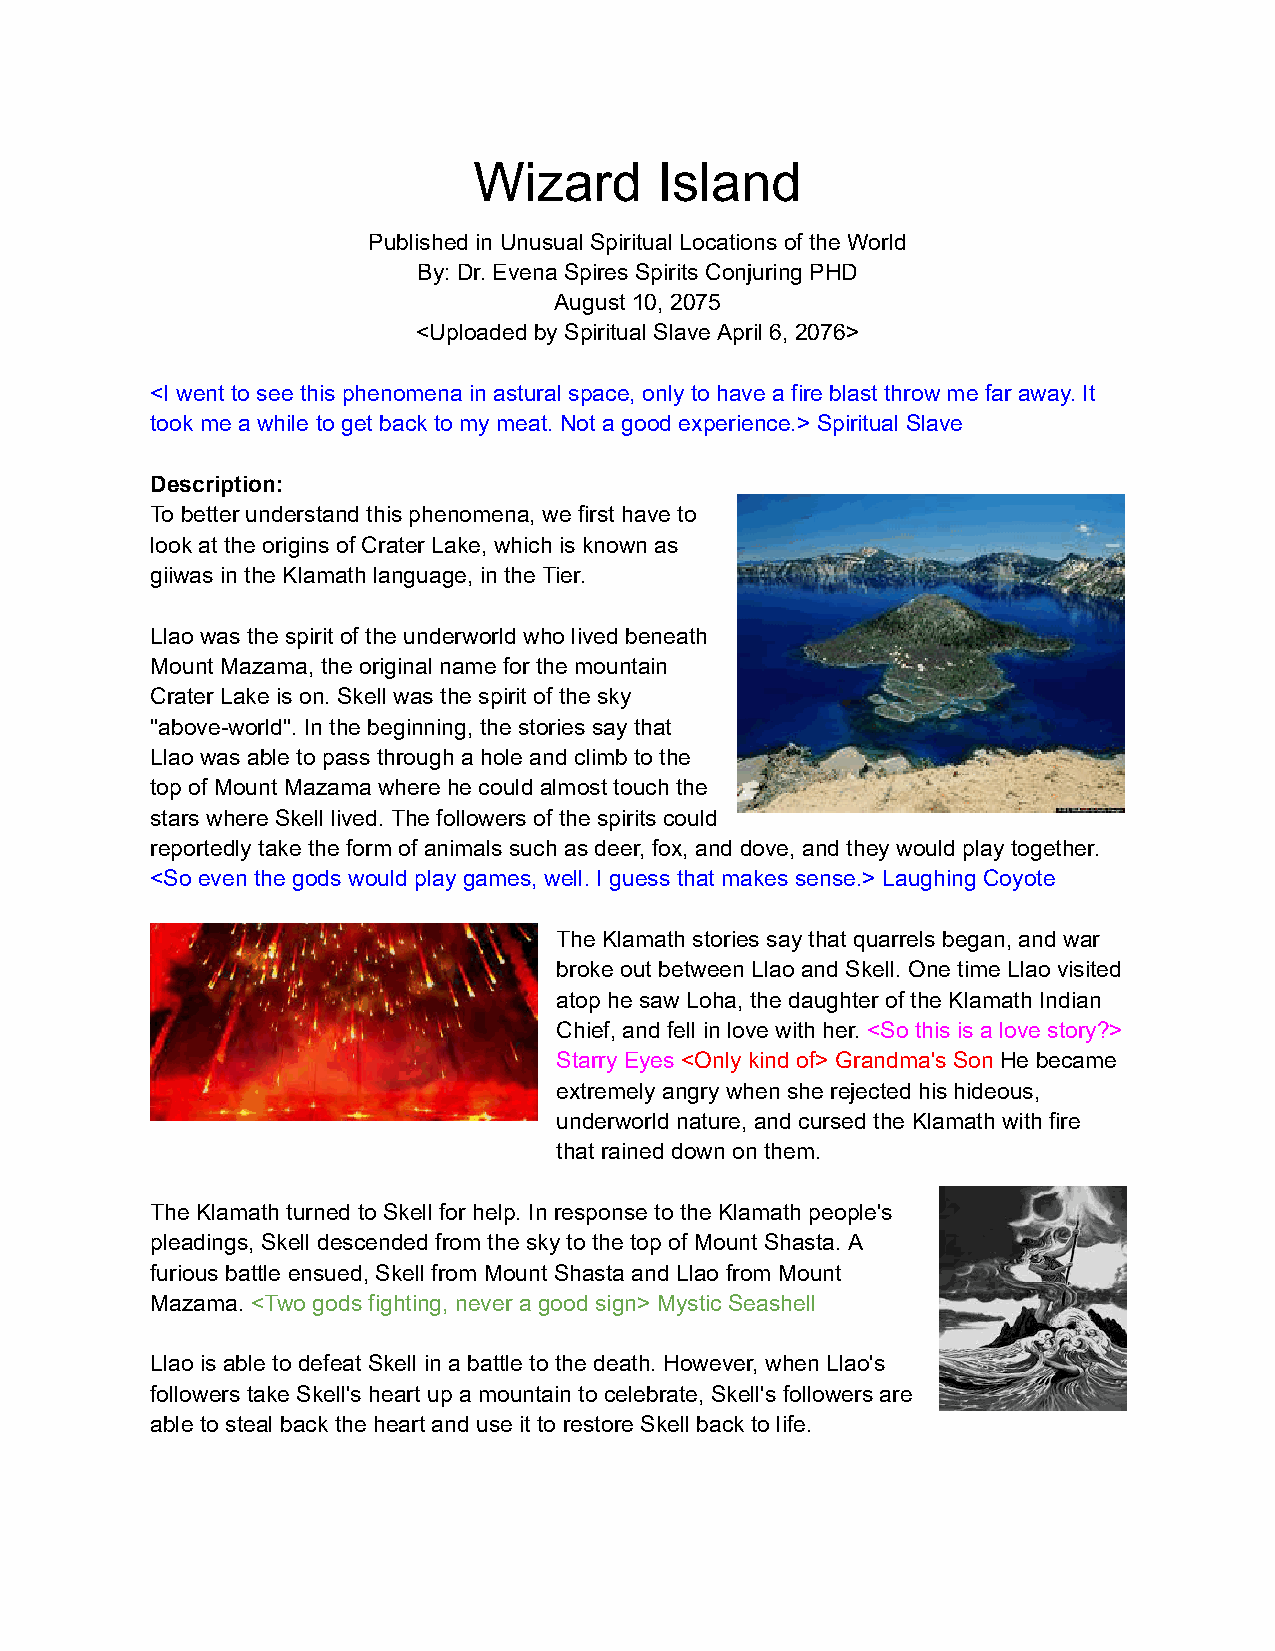
Wizard      Island
 Published in Unusual Spiritual Locations of the World
 By: Dr. Evena Spires Spirits Conjuring PHD
 August 10, 2075
 <Uploaded by Spiritual Slave April 6, 2076>
 <I went to see this phenomena in astural space, only to have a fire blast throw me far away. It
 took me a while to get back to my meat. Not a good experience.> Spiritual Slave
 Description:
 To better understand this phenomena, we first have to
 look at the origins of Crater Lake, which is known as
 giiwas in the Klamath language, in the Tier.
 Llao was the spirit of the underworld who lived beneath
 Mount Mazama, the original name for the mountain
 Crater Lake is on. Skell was the spirit of the sky
 "above-world". In the beginning, the stories say that
 Llao was able to pass through a hole and climb to the
 top of Mount Mazama where he could almost touch the
 stars where Skell lived. The followers of the spirits could
 reportedly take the form of animals such as deer, fox, and dove, and they would play together.
 <So even the gods would play games, well. I guess that makes sense.> Laughing Coyote
 The Klamath stories say that quarrels began, and war
 broke out between Llao and Skell. One time Llao visited
 atop he saw Loha, the daughter of the Klamath Indian
 Chief, and fell in love with her. <So this is a love story?>
 Starry Eyes <Only kind of> Grandma's Son He became
 extremely angry when she rejected his hideous,
 underworld nature, and cursed the Klamath with fire
 that rained down on them.
 The Klamath turned to Skell for help. In response to the Klamath people's
 pleadings, Skell descended from the sky to the top of Mount Shasta. A
 furious battle ensued, Skell from Mount Shasta and Llao from Mount
 Mazama. <Two gods fighting, never a good sign> Mystic Seashell
 Llao is able to defeat Skell in a battle to the death. However, when Llao's
 followers take Skell's heart up a mountain to celebrate, Skell's followers are
 able to steal back the heart and use it to restore Skell back to life.